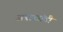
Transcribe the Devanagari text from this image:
अन्नछत्रांची